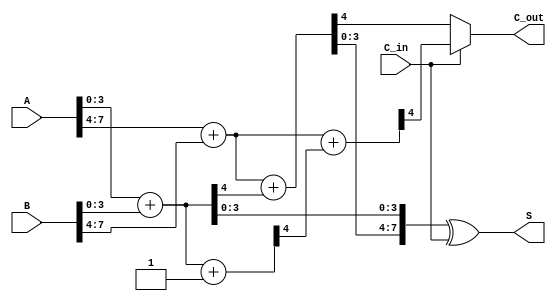
module CarrySelectAdder (
    input [7:0] A,      // 8-bit input A
    input [7:0] B,      // 8-bit input B
    input C_in,         // Carry-in
    output [7:0] S,     // 8-bit sum output
    output C_out        // Carry-out
);

    wire [3:0] S0, S1;   // Sums for C_in = 0
    wire C0, C1;         // Carry-outs for C_in = 0
    wire [3:0] S0p, S1p; // Sums for C_in = 1
    wire C0p, C1p;       // Carry-outs for C_in = 1

    // Block 0 (LSB)
    assign {C0, S0} = A[3:0] + B[3:0];       // C_in = 0
    assign {C0p, S0p} = A[3:0] + B[3:0] + 1; // C_in = 1

    // Block 1 (MSB)
    assign {C1, S1} = A[7:4] + B[7:4] + C0;       // C_in = C0
    assign {C1p, S1p} = A[7:4] + B[7:4] + C0p; // C_in = C0p

    // Final Sum and Carry-out selection
    assign S = {S1, S0} ^ {4'b0000, C_in}; // Select S0 or S0p based on C_in
    assign C_out = C_in ? C1p : C1; // Select C1 or C1p based on C_in

endmodule